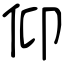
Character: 仰